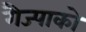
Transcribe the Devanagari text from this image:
गैज्पाको